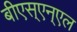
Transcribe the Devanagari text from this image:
बीएस्‌एन्‌एल